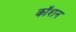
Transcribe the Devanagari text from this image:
कॉशन